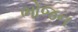
ભોજન